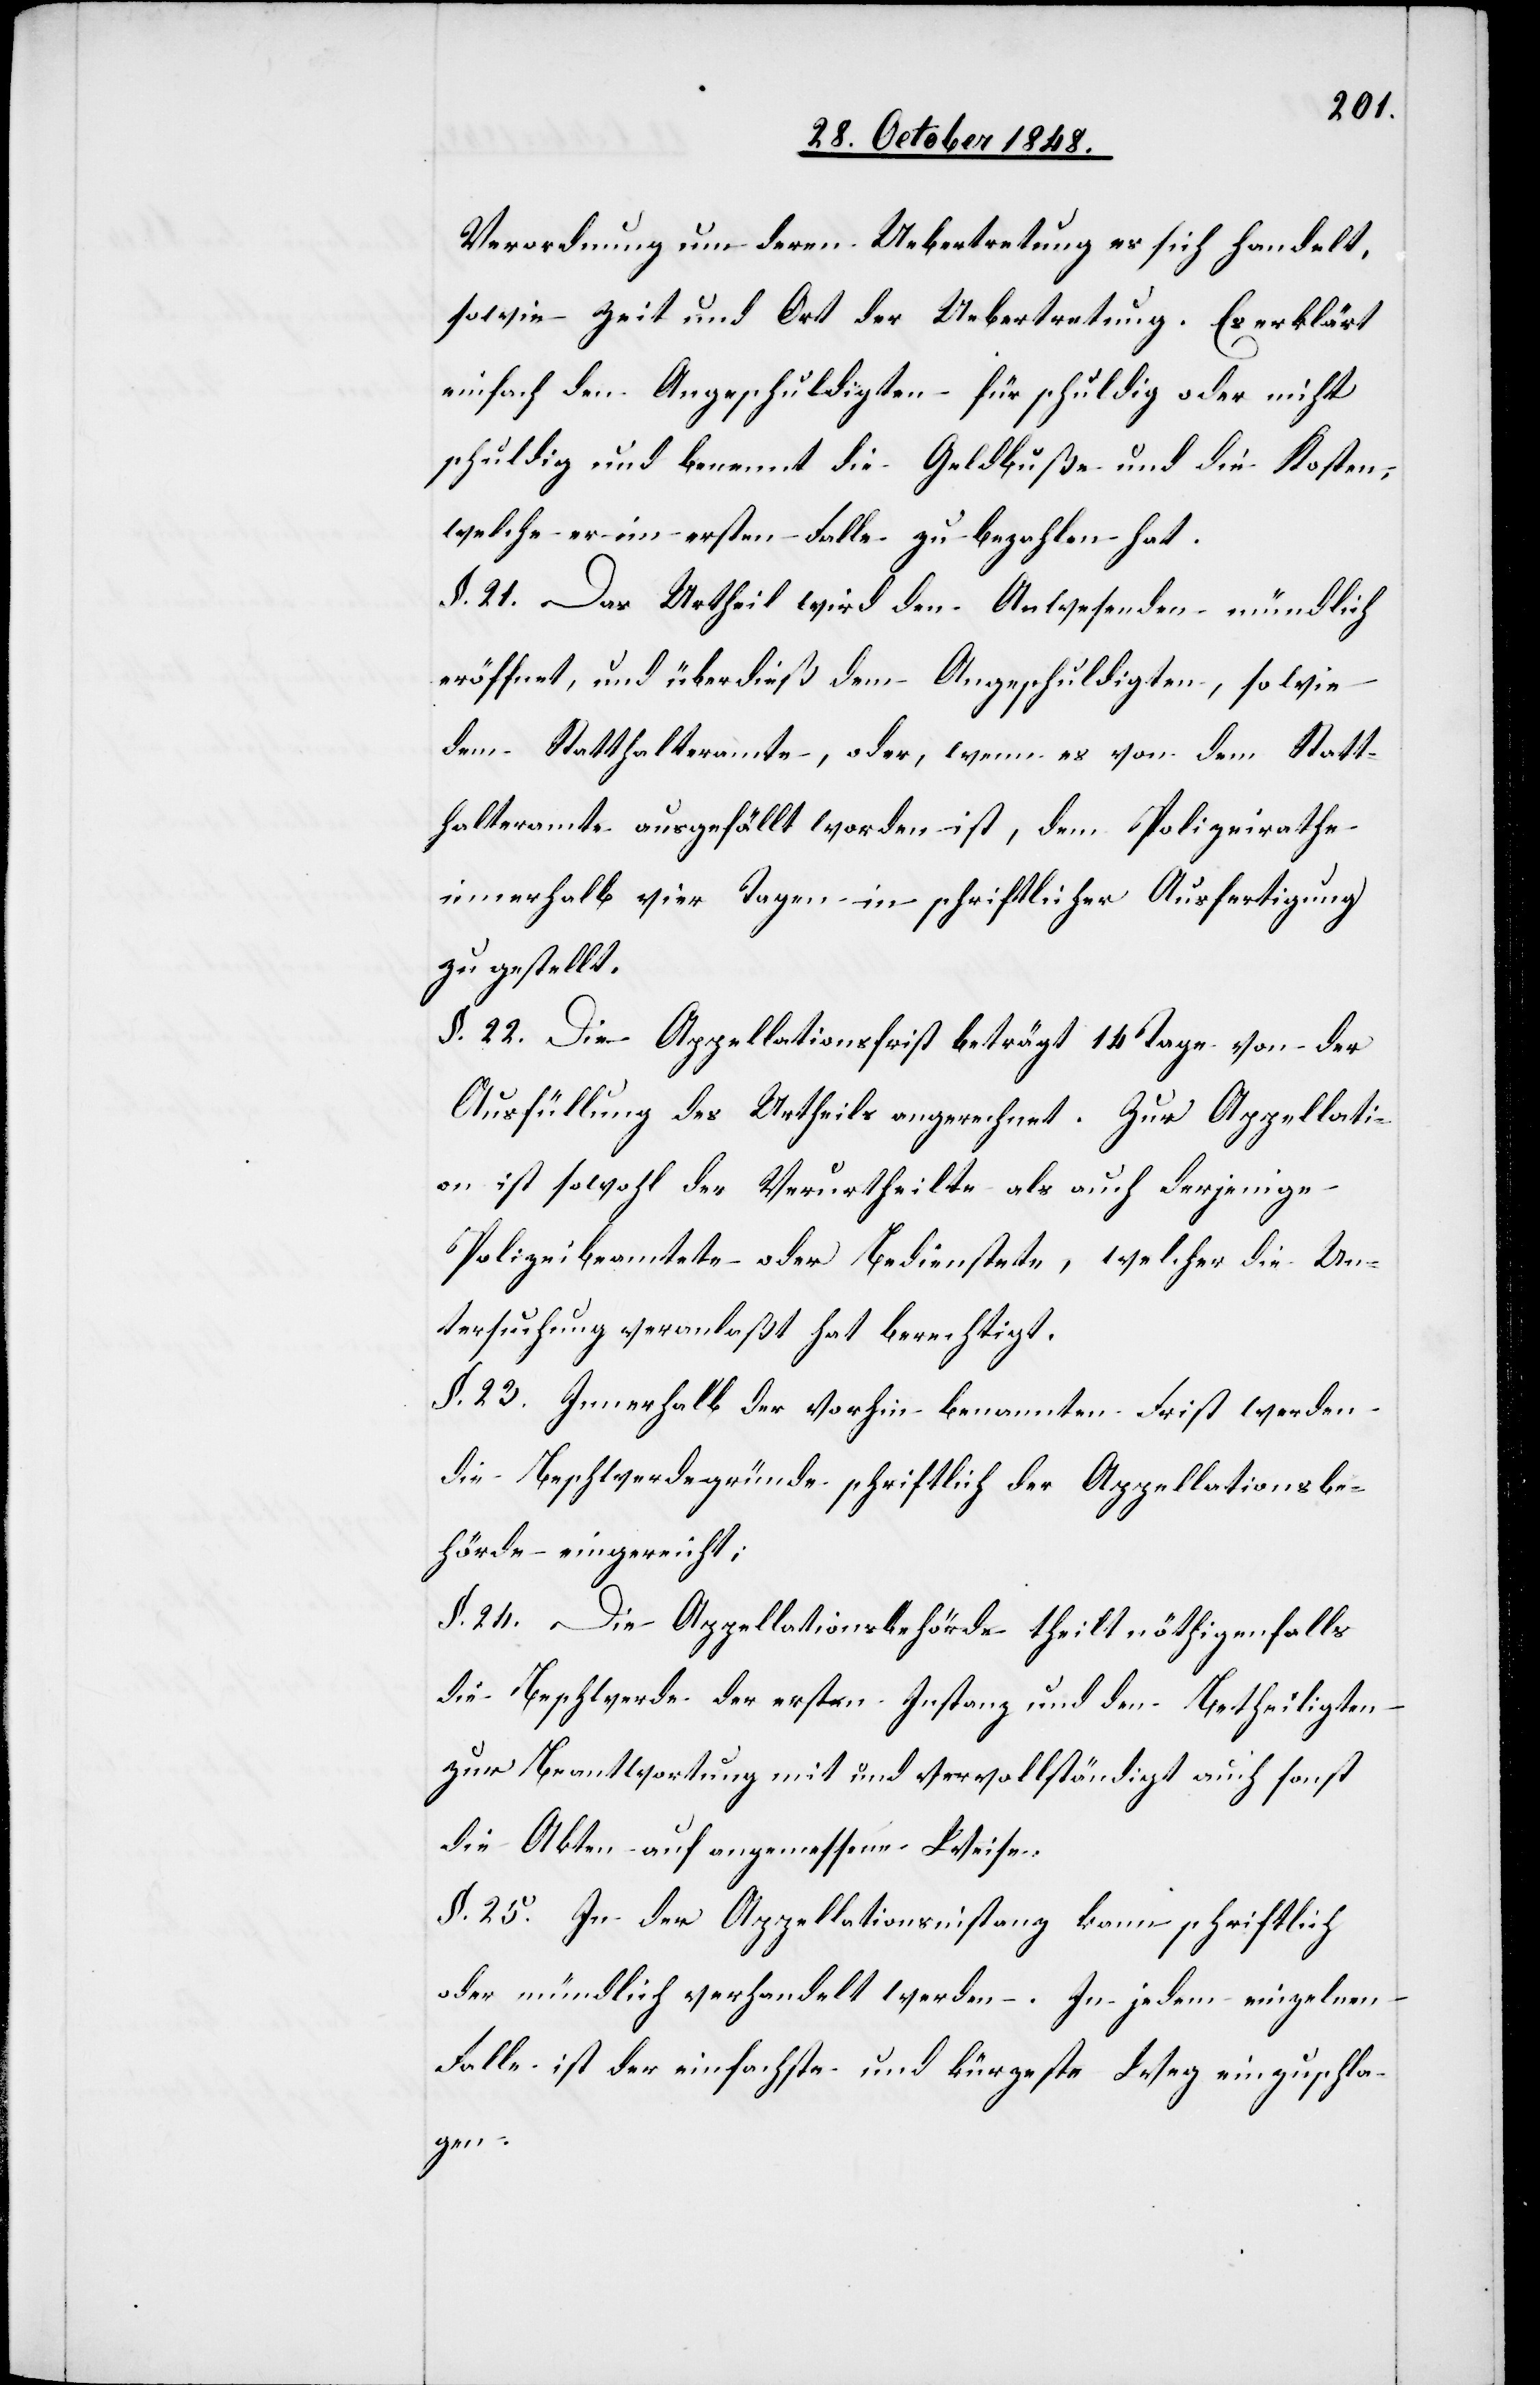
Verordnung um deren Uebertretung es sich handelt,
sowie Zeit und Ort der Uebertretung. Es erklärt
einfach den Angeschuldigten für schuldig oder nicht
schuldig und benennt die Geldbuße und die Kosten,
welche er im ersten Falle zu bezahlen hat.
§. 21. Das Urtheil wird den Anwesenden mündlich
eröffnet, und überdieß dem Angeschuldigten, sowie
dem Statthalteramte, oder, wenn es von dem Statt¬
halteramte ausgefällt worden ist, dem Polizeirathe
innerhalb vier Tagen in schriftlicher Ausfertigung
zugestellt.
§. 22. Die Appellationsfrist beträgt 14. Tage von der
Ausfällung des Urtheils an gerechnet. Zur Appellati¬
on ist sowohl der Verurtheilte als auch derjenige
Polizeibeamtete oder Bedienstete, welcher die Un¬
tersuchung veranlaßt hat berechtigt.
§. 23. Innerhalb der vorhin benannten Frist werden
die Beschwerdegründe schriftlich der Appellationsbe¬
hörde eingereicht;
§. 24. Die Appellationsbehörde theilt nöthigenfalls
die Beschwerde der ersten Instanz und den Betheiligten
zur Beantwortung mit und vervollständigt auch sonst
die Akten auf angemessene Weise.
§. 25. In der Appellationsinstanz kann schriftlich
oder mündlich verhandelt werden. In jedem einzelnen
Falle ist der einfachste und kürzeste Weg einzuschla¬
gen.